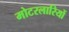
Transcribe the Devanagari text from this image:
मोटरलारियों